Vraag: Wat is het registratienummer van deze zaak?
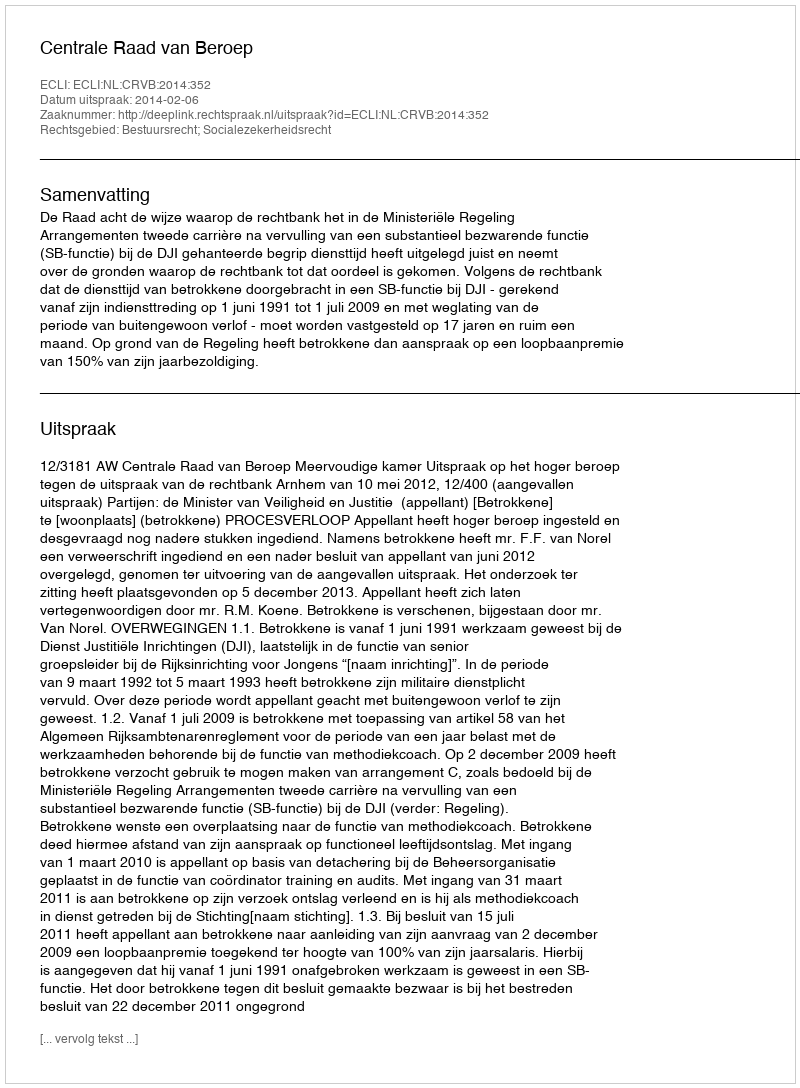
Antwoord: http://deeplink.rechtspraak.nl/uitspraak?id=ECLI:NL:CRVB:2014:352